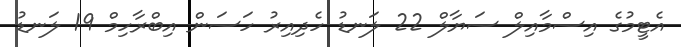
އެޓީމުގެ އިސްމާއިލް ސަޔާލް 22 ލަނޑު ހެދިއިރު ހަސަން އިބްރާހިމް 19 ލަނޑު